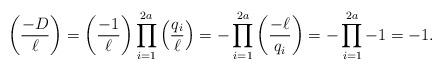
LaTeX: \begin{align*} \left( \frac{-D}{\ell} \right) = \left( \frac{-1}{\ell} \right) \prod_{i=1}^{2a} \left( \frac{q_i}{\ell} \right) = - \prod_{i=1}^{2a} \left( \frac{-\ell}{q_i} \right) = - \prod_{i=1}^{2a} -1 = -1. \end{align*}